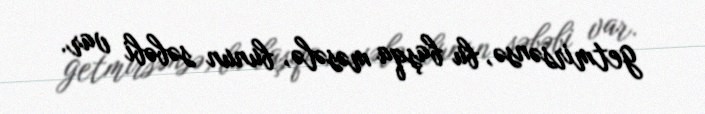
getmirsənsə, bu başqa məsələ, bunun səbəbi var.